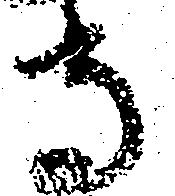
寺